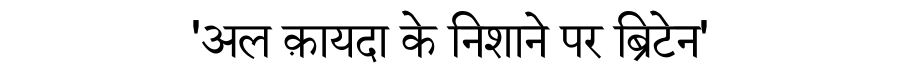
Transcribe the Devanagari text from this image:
'अल क़ायदा के निशाने पर ब्रिटेन'